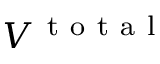
V ^ { \mathrm { ~ t ~ o ~ t ~ a ~ l ~ } }